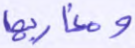
ومغاربها